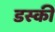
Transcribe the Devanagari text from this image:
डस्की